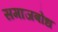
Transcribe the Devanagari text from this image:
समाजबोध